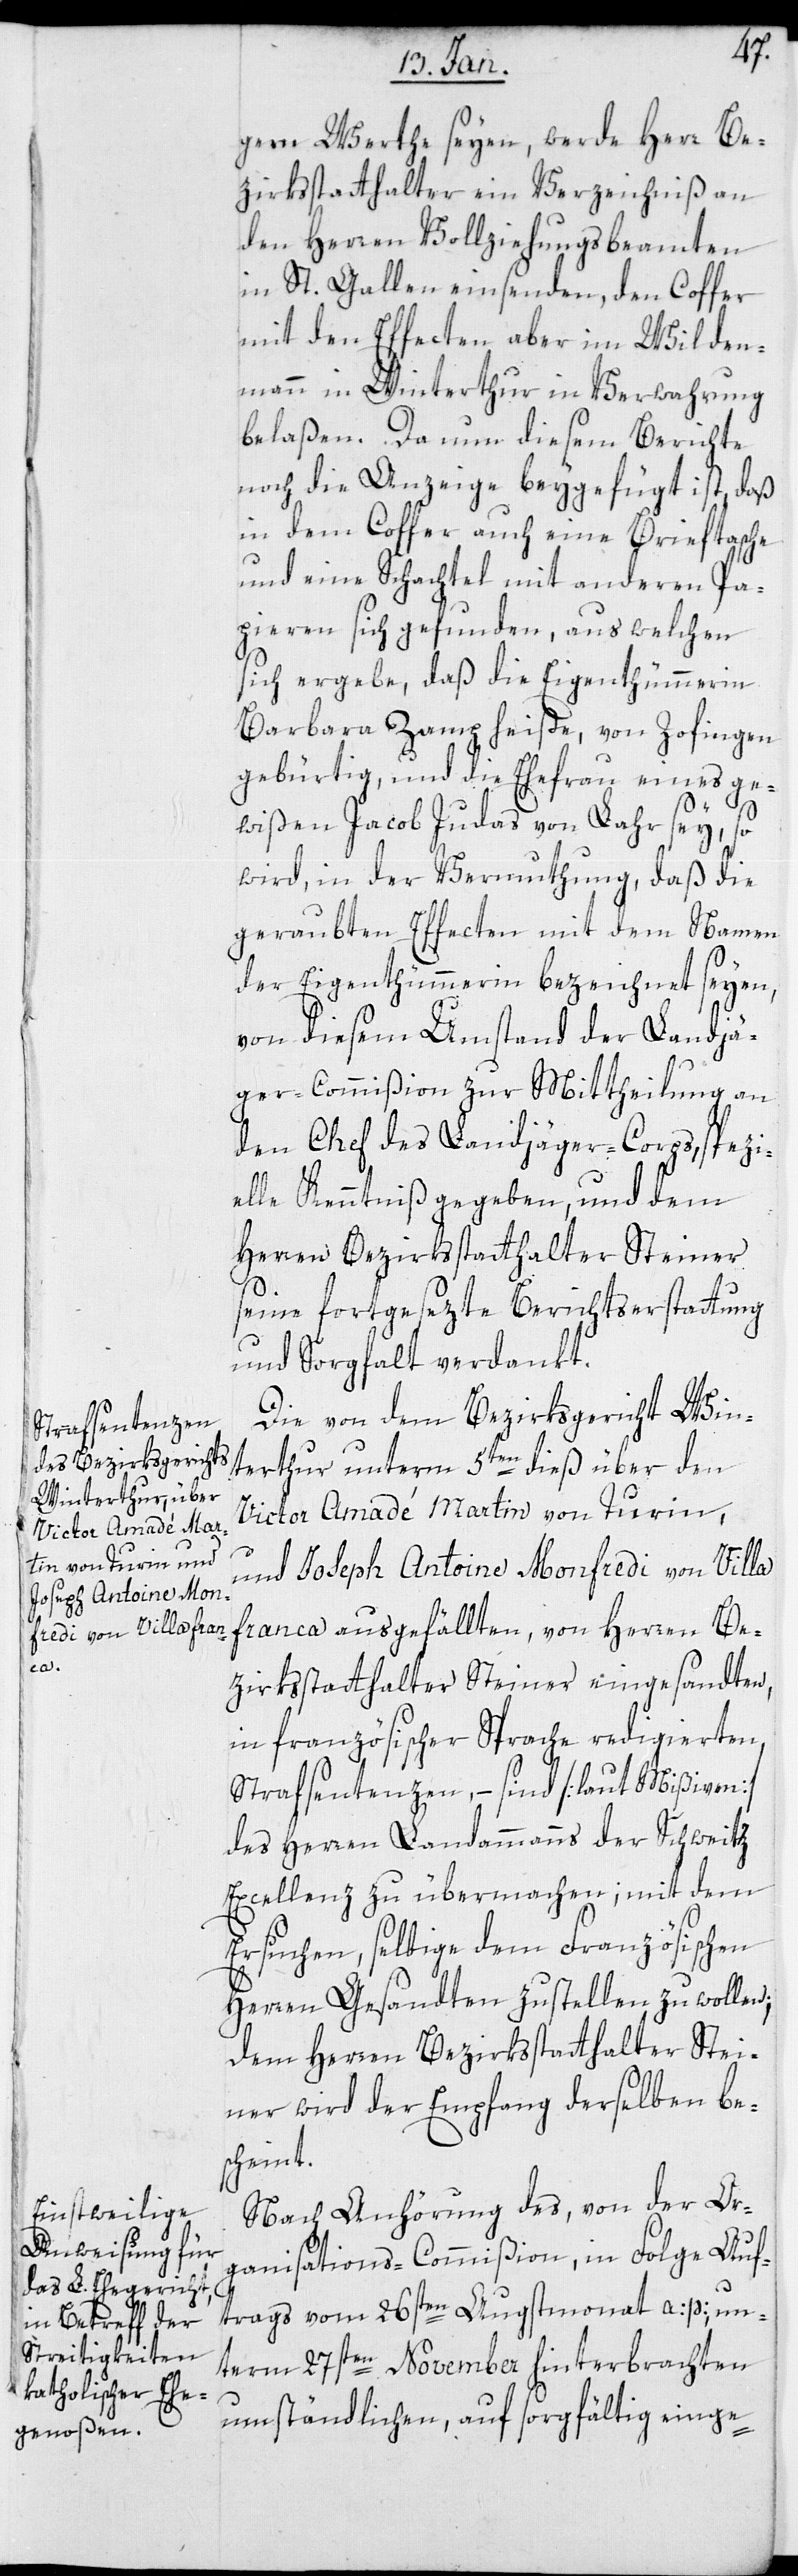
gem Werthe seyen, werde Herr Be¬
zirksstatthalter ein Verzeichniß an
den Herren Vollziehungsbeamten
in St. Gallen einsenden, den Coffer
mit den Effecten aber im Wilden
Mann in Winterthur in Verwahrung
belaßen. Da nun diesem Bericht
noch die Anzeige beygefügt ist, daß
in dem Coffer auch eine Brieftasche
und eine Schachtel mit anderen Pa¬
pieren sich gefunden, aus welchen
sich ergebe, daß die Eigenthümerin
Barbara Zamp heiße, von Zofingen
gebürtig, und die Ehefrau eines ge¬
wißen Jacob Judas von Lahr sey, so
wird in der Vermuthung, daß die
geraubten Effecten mit dem Namen
der Eigenthümerin bezeichnet seyen,
von diesem Umstand der Landjä¬
ger-Commißion zur Mitteilung an
den Chef des Landjäger-Corps, spezi¬
elle Kenntniß gegeben, und dem
Herren Bezirksstatthalter Steiner
seine fortgesetzte Berichtserstattung
und Sorgfalt verdankt.
Die von dem Bezirksgericht Win¬
terthur unterm 5ten dieß über den
Victor Amadé Martin von Turin,
und Joseph Antoine Monfredi von Villa¬
franca ausgefällten, von Herren Be¬
zirksstatthalter Steiner eingesandten,
in französischer Sprache redigierten
Strafsentenzen, – sind [laut Mißiven]
des Herren Landammanns der Schweitz
Excellenz zu übermachen; mit dem
Ersuchen, selbige dem Französischen
Herren Gesandten zustellen zu wollen;
dem Herren Bezirksstatthalter Stei¬
ner wird der Empfang derselben be¬
scheint.
Nach Anhörung des von der Or¬
ganisations-Commißion in Folge Auf¬
trags vom 26sten Augstmonat a. p., un¬
term 27sten November hinterbrachten
umständlichen, auf sorgfältig einge-